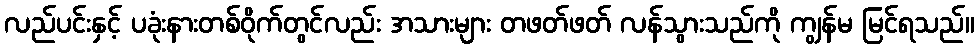
လည်ပင်းနှင့် ပခုံးနားတစ်ဝိုက်တွင်လည်း အသားများ တဖတ်ဖတ် လန်သွားသည်ကို ကျွန်မ မြင်ရသည်။